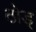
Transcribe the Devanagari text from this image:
ठोड्